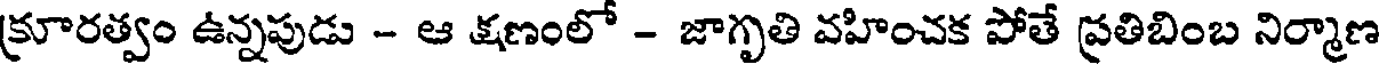
క్రూరత్వం ఉన్నపుడు - ఆ క్షణంలో - జాగృతి వహించక పోతే ప్రతిబింబ నిర్మాణ